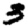
Digit: 3